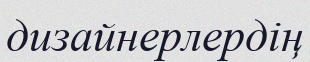
дизайнерлердің